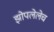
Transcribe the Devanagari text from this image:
झोपलेलेच